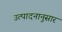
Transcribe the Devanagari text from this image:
उत्पादनानुसार